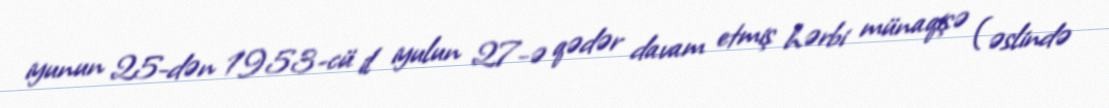
iyunun 25-dən 1953-cü il iyulun 27-ə qədər davam etmiş hərbi münaqişə (əslində